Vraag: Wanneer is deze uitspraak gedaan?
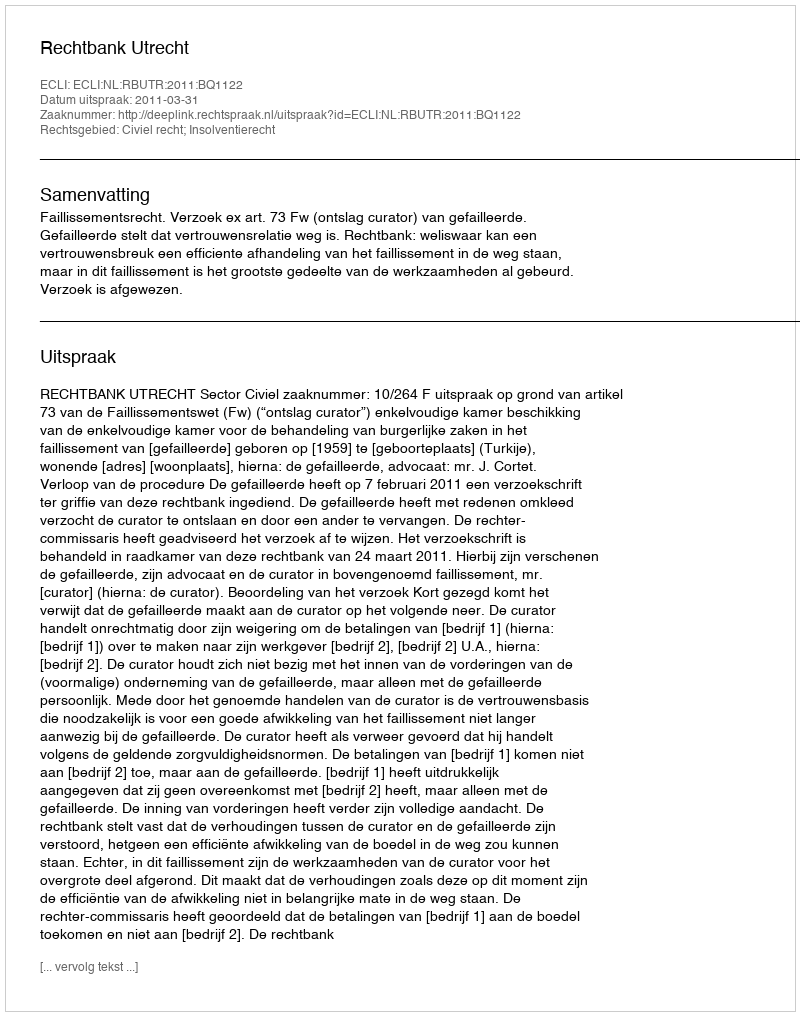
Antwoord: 2011-03-31